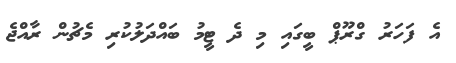
އެ ފަހަރު ގްރޫޕް ބީގައި މި ދެ ޓީމު ބައްދަލުކުރި މެޗުން ރާއްޖެ